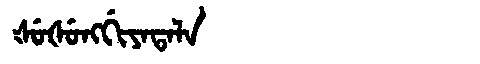
Manchu: ᡧᡠᡧᡠᠩᡤᡳᠶᠠᡨᠠᠯᠠ
Romanization: ŠUŠUNGGIYATALA